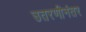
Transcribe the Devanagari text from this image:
उतरणीनंतर